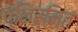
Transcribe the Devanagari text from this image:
पुनिर्मित